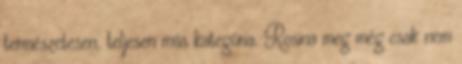
természetesen, teljesen más kategória. Rosina meg még csak nem